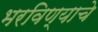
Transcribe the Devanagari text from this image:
भरविण्याचे